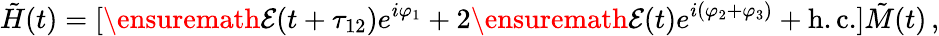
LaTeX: \tilde{H}(t)=[\ensuremath{{\cal E}}(t+\tau_{12})e^{i\varphi_{1}}+2\ensuremath{{\cal E}}(t)e^{i(\varphi_{2}+\varphi_{3})}+\mathrm{h.c.}]\tilde{M}(t)\, ,